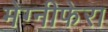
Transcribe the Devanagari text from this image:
मेग्‍नीफेरा